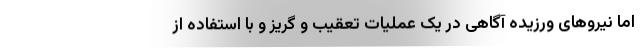
اما نیرو‌های ورزیده آگاهی در یک عملیات تعقیب و گریز و با استفاده از